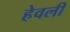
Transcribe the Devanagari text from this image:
हेवली